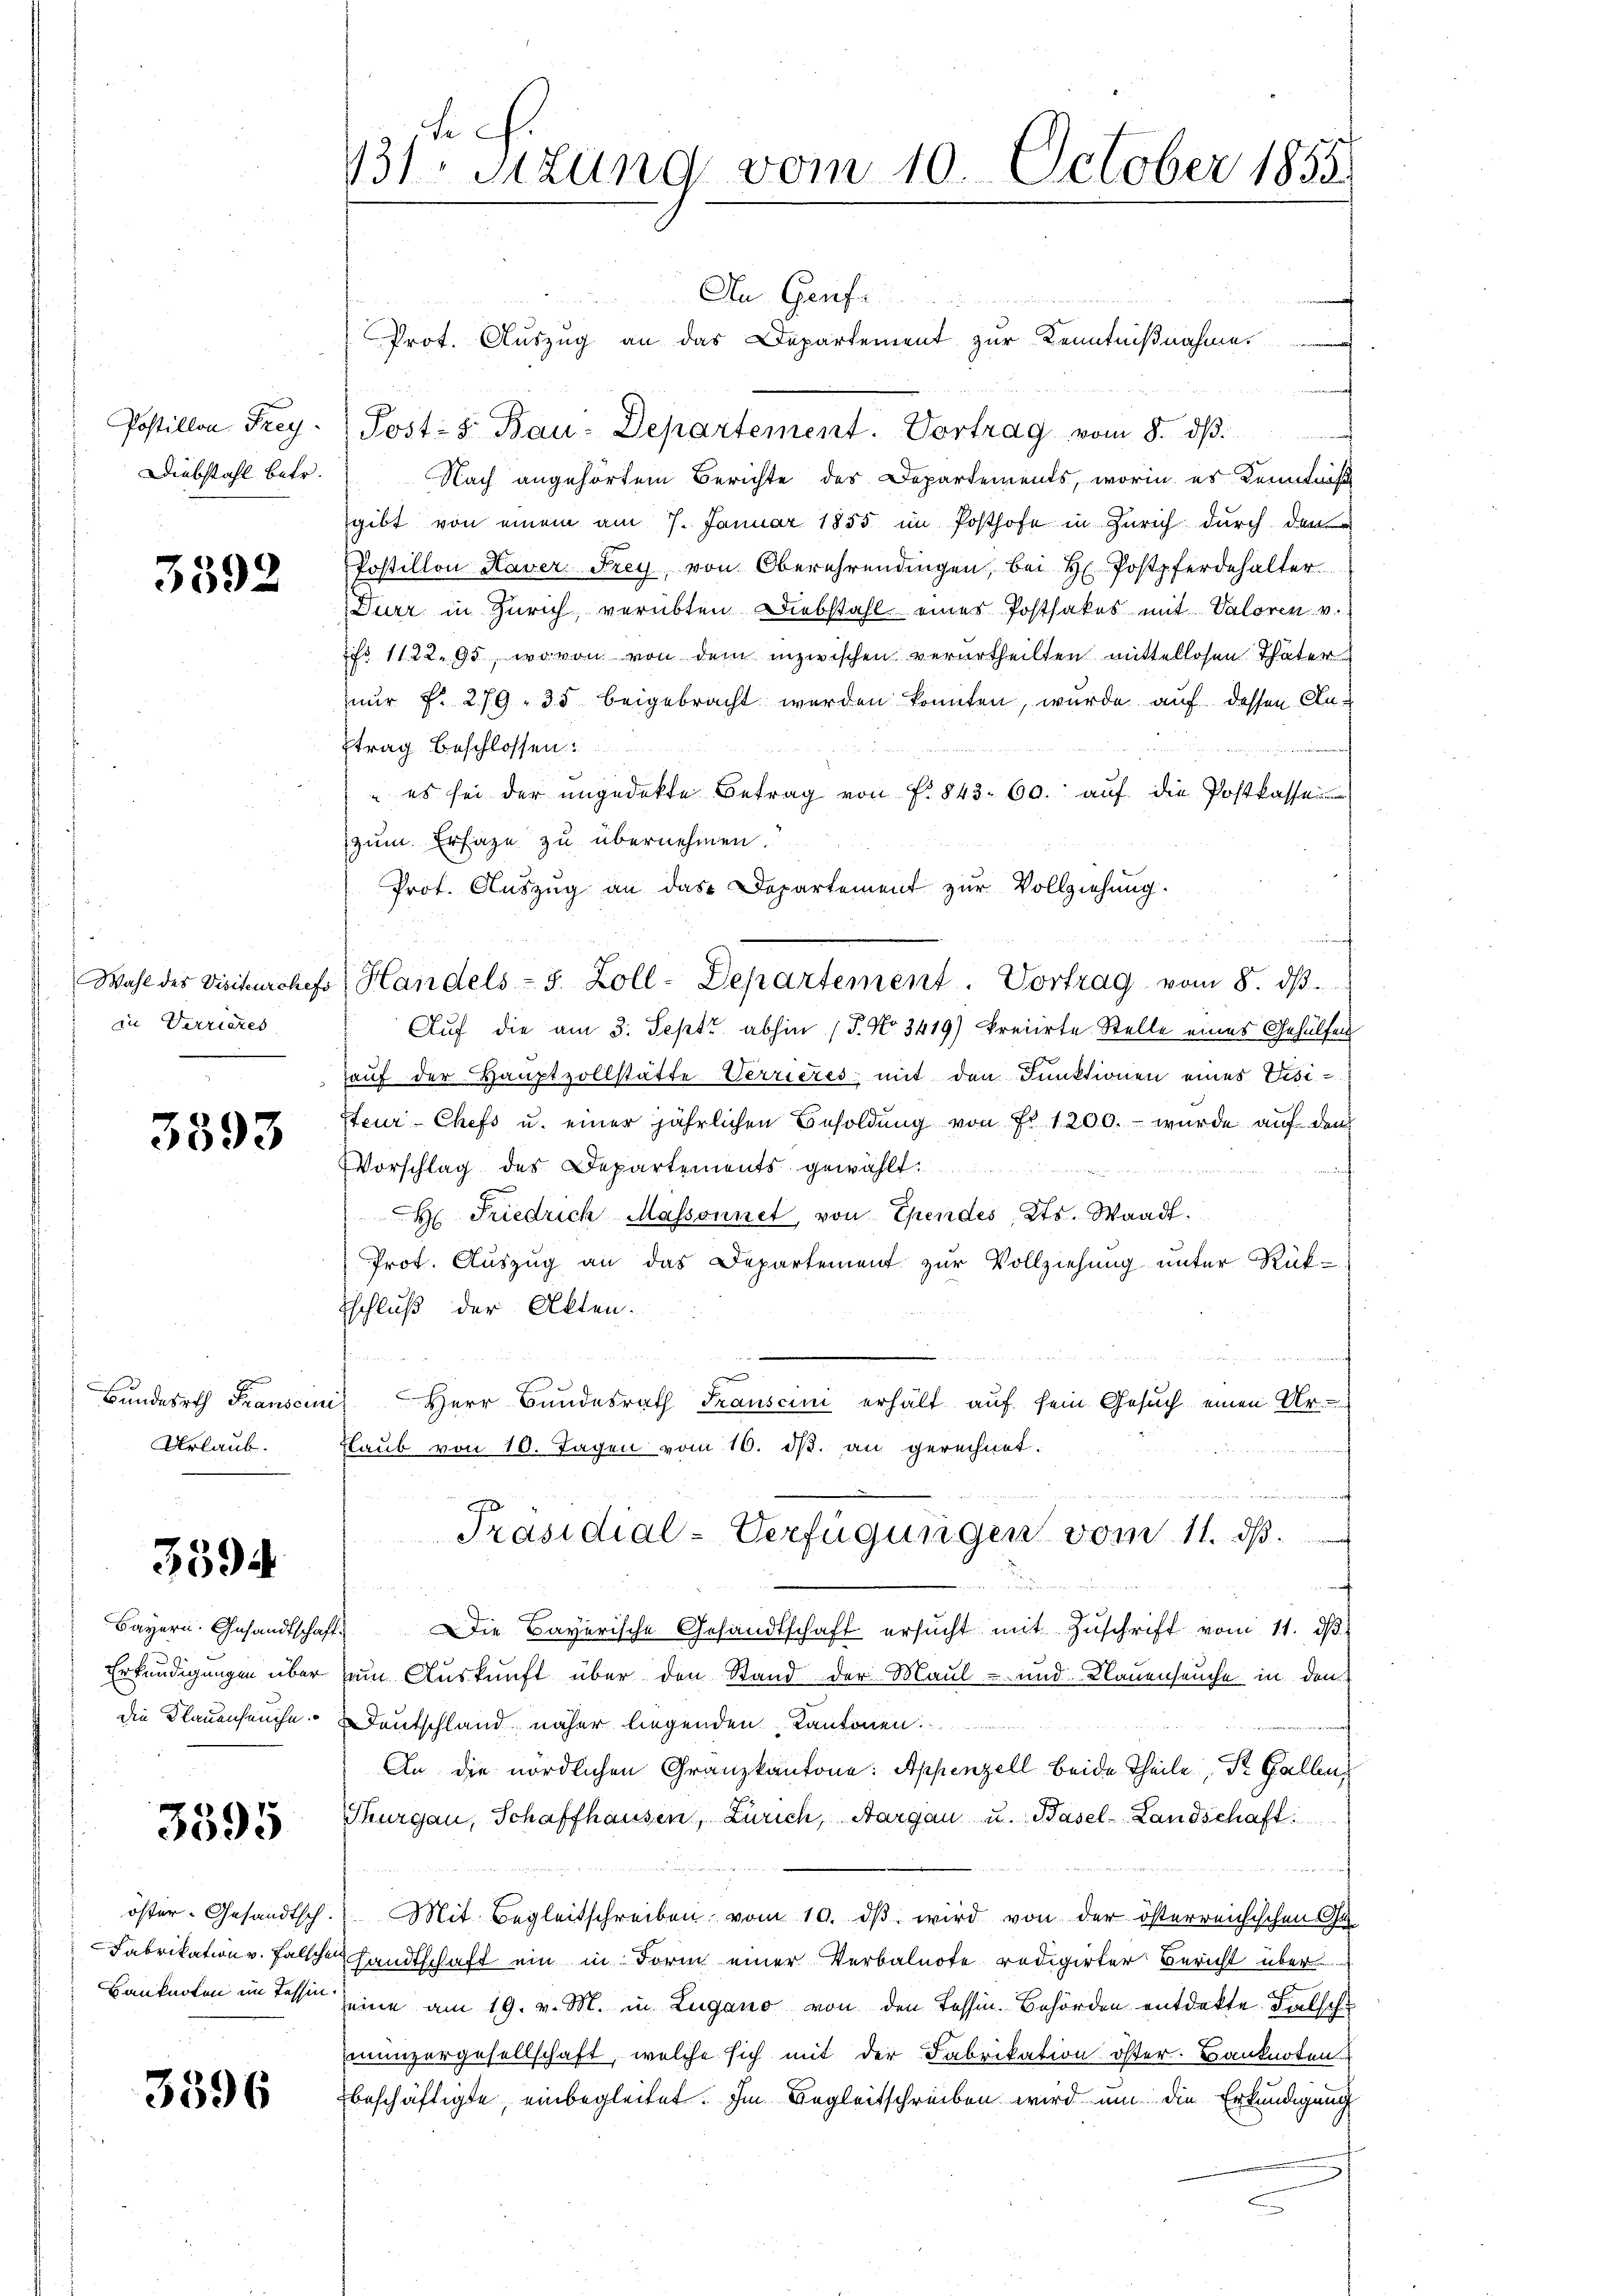
Postillon Frey
Diebstahl betr.

3592

in Verrieres

3393

Bundesrath Franscr
Urlaub.

3594

die Klauenseuche

3595

öster- Gesandtsch
Fabrikation v. Fall

3396

d. h.
131. Sitzung vom 10. October 1855.

r
Du Genf
Prot. Auszug an das Departement zur Kenntnißnahme
Post: 5. Bau-Departement. Vortrag vom 8. ds.
wi
Nach angehörtem Berichte des Departements, worin es kenntnis
sgibt von einem am 7. Januar 1855 im Posthofe in Zürich durch den
Postillon Haver Frey von Oberehrendingen, bei H. Postpferdehalter
Durr in Zürich, verübten Diebstahl eines Postfakes mit Valoren v.
1fr. 1122. 95, wovon von dem inzwischen verurtheilten mittellosen Thäter
nnur f. 279. 35 beigebracht werden könnten, wurde auf dessen Antrag beschlossen
 es sei der ungedekte Betrag von f. 843. 60. auf die Postkasse
zum Erfage zu übernehmen.
Prof. Auszug an das Departement zur Vollziehung.
Auf die am 3. Sept abhin (P. No. 3419) kreiirte Stelle eines Gehülfen
auf der Hauptzollstätte Verrieres mit den Funktionen eines Visi¬
Steur-Chefs u. einer jährlichen Besoldung von Fr. 1200. wurde auf den
Vorschlag des Departements gewählt
h
dene Behaltenen den
H Friedrich Massonnet, von Ehendes, Kts. Waadt.
Prot. Auszug an das Departement zur Vollziehung unter Rück-
Eschluß der Akten.

t
tun
u
ich Herr Bundesrath Transcini erhält auf sein Gesuch einen Ur-
Flaŭb von 10. Tagen vom 10. d. an gerechnet.
d
Präsidial-Verfügungen vom 11. ds.

Bayern. Gesandtschaft. Die Bayerische Gesandtschaft ersŭcht mit Zŭschrift vom 11. dβ.
Erkundigungen über zum Auskunft über den Stand der Maul- und Klauenseuche in den
Deutschland näher liegenden Kantonen.
An die nördlichen Granzkantone: Appenzell beide Theile, Dr. Gallens
Thurgau, Schaffhausen, Zürich, Aargau u. Basel-Landschaft
n
 Mit Begleitschreiben vom 10. dβ wird von der österreichischen Ge
tenhandtschaft ein in Form einer Verbalnote redigirter Bericht über
Banknoten im Tessin seine am 19. v. M. in Lugano von den Tessin. Behörden entdekte Falschu
munzergesellschaft, welche sich mit der Fabrikation öster. Banknoten
beschäftigte, einbegleitet. Im Begleitschrieben wird um die Erkundigung

Wahl des Visitarchefs, Handels- 3. Zoll-Departement. Vortrag vom 8. dβ.